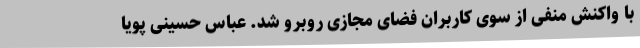
با واکنش‌ منفی از سوی کاربران فضای مجازی روبرو شد. عباس حسینی پویا